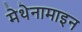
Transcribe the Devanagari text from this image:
मेथेनामाइन